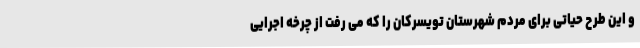
و این طرح حیاتی برای مردم شهرستان تویسرکان را که می رفت از چرخه اجرایی